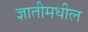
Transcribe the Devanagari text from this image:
ज्ञातीमधील